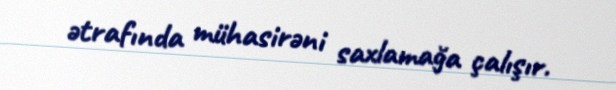
ətrafında mühasirəni saxlamağa çalışır.